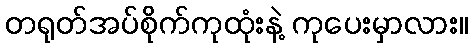
တရုတ်အပ်စိုက်ကုထုံးနဲ့ ကုပေးမှာလား။